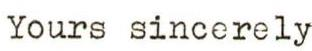
Yours sincerely